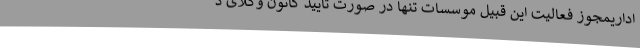
اداریمجوز فعالیت این قبیل موسسات تنها در صورت تایید کانون وکلای د